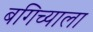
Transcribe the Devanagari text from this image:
बगिच्याला